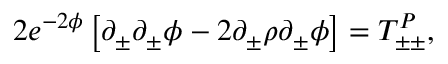
2 e ^ { - 2 \phi } \left[ \partial _ { \pm } \partial _ { \pm } \phi - 2 \partial _ { \pm } \rho \partial _ { \pm } \phi \right] = T _ { \pm \pm } ^ { P } ,